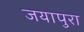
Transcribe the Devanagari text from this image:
जयापुरा